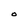
Character: O